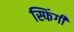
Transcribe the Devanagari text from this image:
स्फिंगी